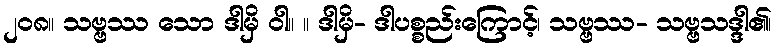
၂၀၈။ သဗ္ဗဿ သော ဒါမှိ ဝါ။ ။ ဒါမှိ- ဒါပစ္စည်းကြောင့်၊ သဗ္ဗဿ- သဗ္ဗသဒ္ဒါ၏၊